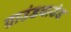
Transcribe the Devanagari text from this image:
ग्राउंडवाउंड